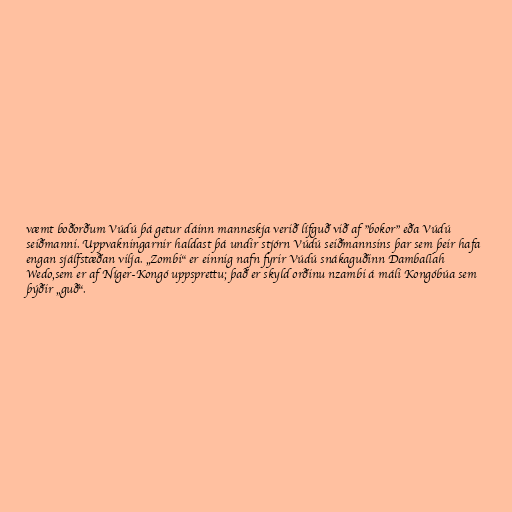
væmt boðorðum Vúdú þá getur dáinn manneskja verið lífguð við af "bokor" eða Vúdú
seiðmanni. Uppvakningarnir haldast þá undir stjórn Vúdú seiðmannsins þar sem þeir hafa
engan sjálfstæðan vilja. „Zombi“ er einnig nafn fyrir Vúdú snákaguðinn Damballah
Wedo,sem er af Níger-Kongó uppsprettu; það er skyld orðinu nzambi á máli Kongóbúa sem
þýðir „guð“.